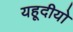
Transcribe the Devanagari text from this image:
यहूदीयो